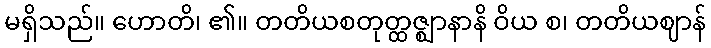
မရှိသည်။ ဟောတိ၊ ၏။ တတိယစတုတ္ထဇ္ဈာနာနိ ဝိယ စ၊ တတိယဈာန်